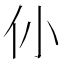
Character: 仦